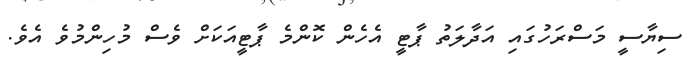
ސިޔާސީ މަސްރަހުގައި އަދާލަތު ޕާޓީ އެހެން ކޮންމެ ޕާޓީއަކަށް ވެސް މުހިންމުވެ އެވެ.